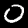
Digit: 0